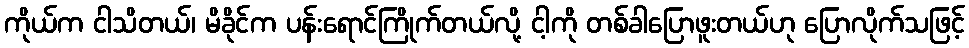
ကိုယ်က ငါသိတယ်၊ မိခိုင်က ပန်းရောင်ကြိုက်တယ်လို့ ငါ့ကို တစ်ခါပြောဖူးတယ်ဟု ပြောလိုက်သဖြင့်